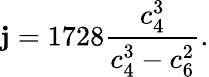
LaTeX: \mathbf{j}=1728{\frac{{c_{4}^{3}}}{{c_{4}^{3}-c_{6}^{2}}}}.